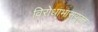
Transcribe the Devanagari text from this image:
विरोधाभासयुक्त